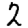
Digit: 2